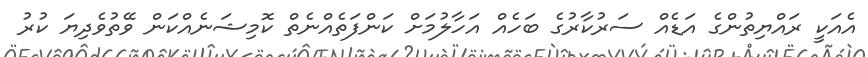
އެއަކީ ރައްޔިތުންގެ އަޑެއް ސަރުކާރުގެ ބަހެއް އަހާލުމަށް ކަންފަތެއްނެތް ކޮމިޝަނެއްކަން ވޭތުވެދިޔަ ކުރު